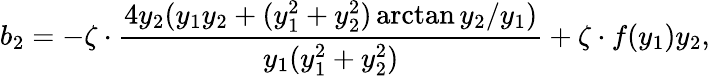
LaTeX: b_{2}=-\zeta\cdot\frac{4y_{2}(y_{1}y_{2}+(y_{1}^{2}+y_{2}^{2})\arctan{y_{2}/y_{1}})}{y_{1}(y_{1}^{2}+y_{2}^{2})}+\zeta\cdot f(y_{1})y_{2},